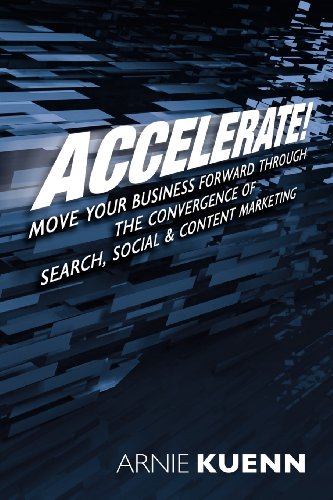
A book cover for Accelerate!: Move Your Business Forward Through the Convergence of Search, Social & Content Marketing; Arnie Kuenn; Computers & Technology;